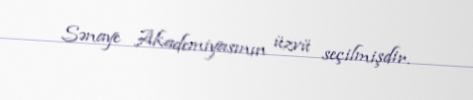
Sənaye Akademiyasının üzvü seçilmişdir.